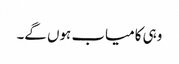
وہی کامیاب ہوں گے۔